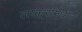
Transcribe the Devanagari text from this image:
लष्करांमधील